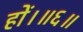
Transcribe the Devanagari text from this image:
हों।॥६॥